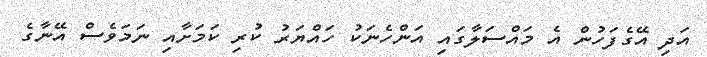
އަދި އޭގެފަހުން އެ މައްސަލާގައި އަންހެނަކު ހައްޔަރު ކުރި ކަމަށާއި ނަމަވެސް އޭނާގެ